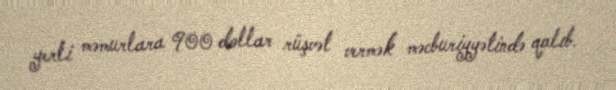
yerli məmurlara 900 dollar rüşvət vermək məcburiyyətində qalıb.